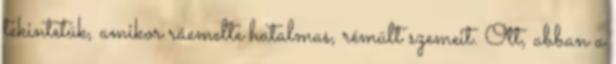
tekintetük, amikor ráemelte hatalmas, rémült szemeit. Ott, abban a